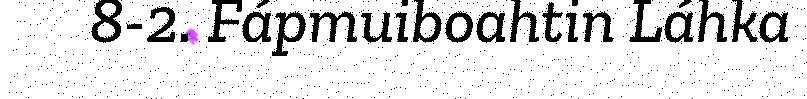
8-2. Fápmuiboahtin Láhka